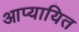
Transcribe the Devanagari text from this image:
आप्यायित